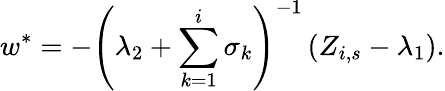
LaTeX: w^{\ast}=-\left(\lambda_{2}+\sum_{k=1}^{i}\sigma_{k}\right)^{-1}\left(Z_{i,s}-\lambda_{1}\right).